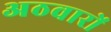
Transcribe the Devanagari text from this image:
अठवारों